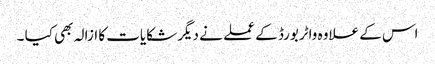
اس کے علاوہ واٹربورڈ کے عملے نے دیگر شکایات کا ازالہ بھی کیا ۔